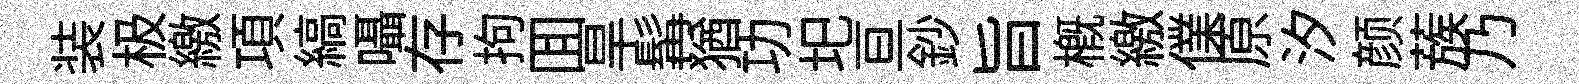
装极繳項縞囁存拘囬旱髯猶功圯亘鈔旨槪繳㒒原汐颜蔟乃